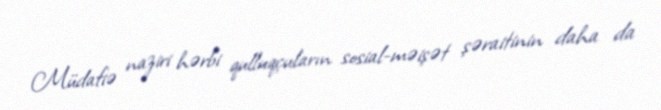
Müdafiə naziri hərbi qulluqçuların sosial-məişət şəraitinin daha da